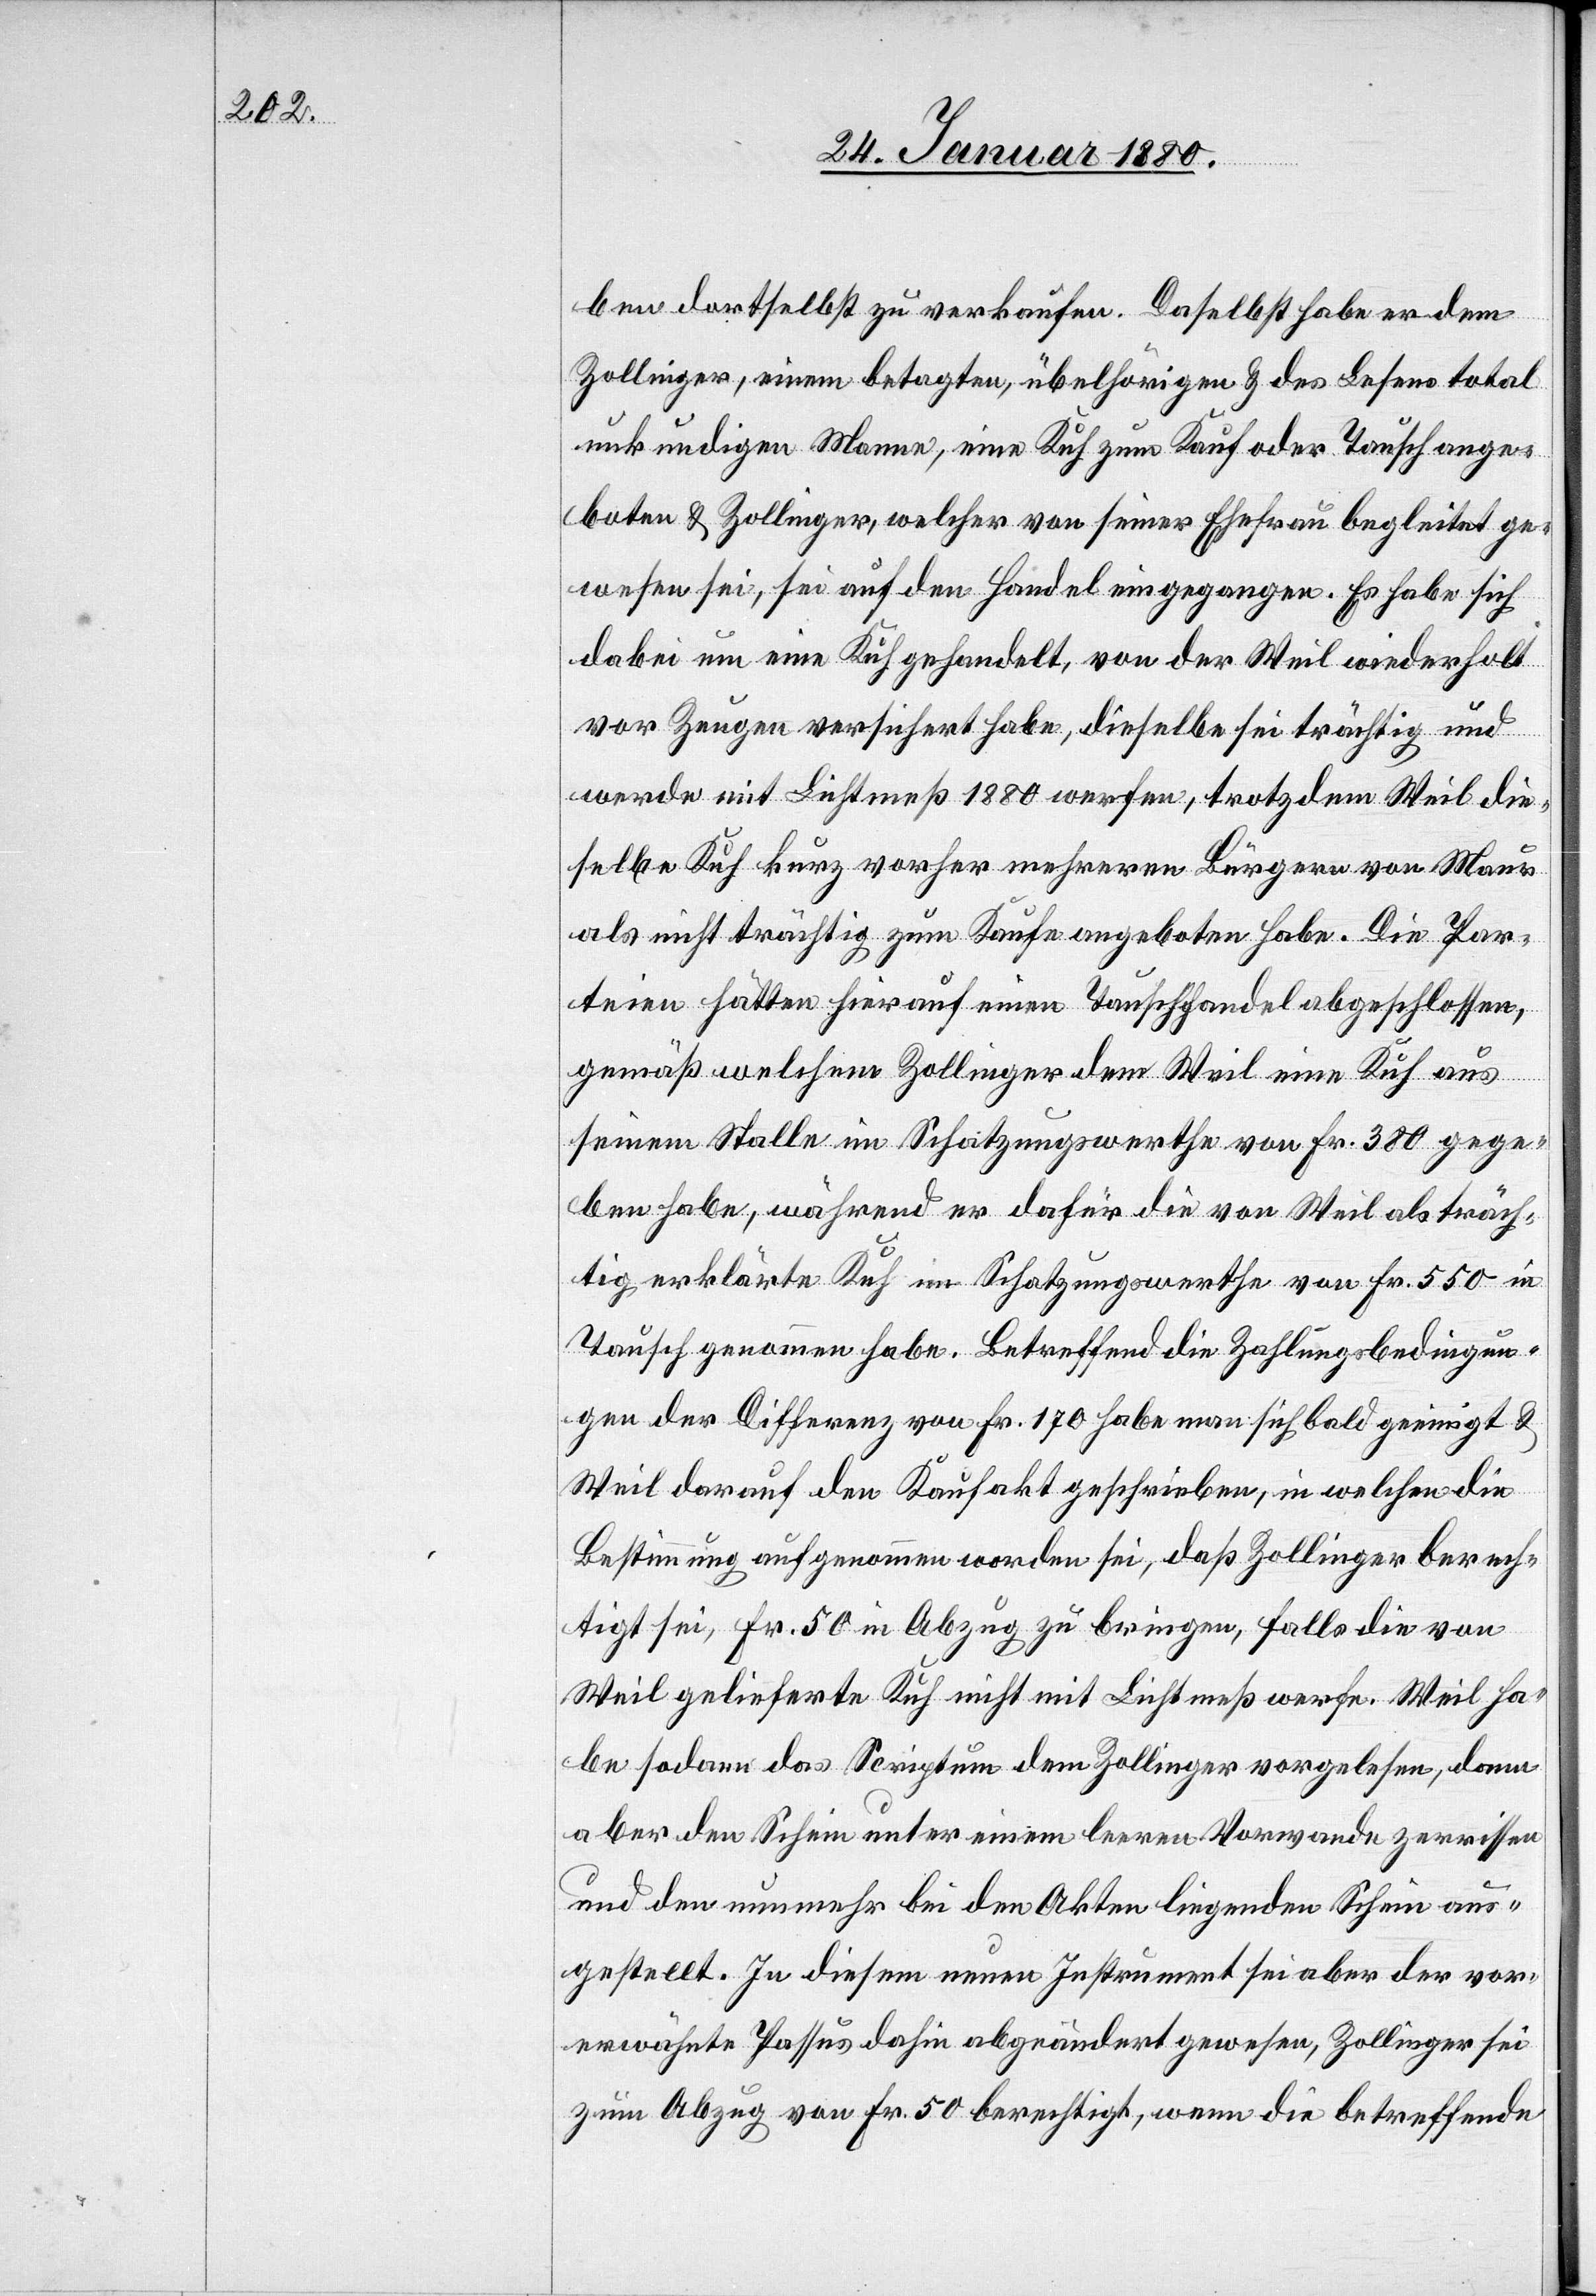
ben daselbst zu verkaufen. Daselbst habe er dem
Zollinger, einem betagten, übelhörigen & des Lesens total
unkundigen Manne, eine Kuh zum Kauf oder Tausch ange¬
boten & Zollinger, welche von seiner Ehefrau begleitet ge¬
wesen sei, sei auf den Handel eingegangen. Es habe sich
dabei um eine Kuh gehandelt, von der Weil wiederholt
vor Zeugen versichert habe, dieselbe sei trächtig und
werde mit Lichtmeß 1880 werfen, trotzdem Weil die¬
selbe Kuh kurz vorher mehreren Bürgern von Maur
als nicht trächtig zum Kaufe angeboten habe. Die Par¬
teien hätten hierauf einen Tauschhandel abgeschlossen,
gemäß welchem Zollinger dem Weil eine Kuh aus
seinem Stalle im Schatzungswerthe von Fr. 380 gege¬
ben habe, während er dafür die von Weil als träch¬
tig erklärte Kuh im Schatzungswerthe von Fr. 550 in
Tausch genommen habe. Betreffend die Zahlungsbedingun¬
gen der Differenz von Fr. 170 habe man sich bald geeinigt &
Weil darauf den Kaufakt geschrieben, in welchen die
Bestimmung aufgenommen worden sei, daß Zollinger berech¬
tigt sei, Fr. 50 in Abzug zu bringen, falls die von
Weil gelieferte Kuh nicht mit Lichtmeß werfe. Weil ha¬
be sodann das Scriptum dem Zollinger vorgelesen, dann
aber den Schein unter einem leeren Vorwande zerrissen
und den nunmehr bei den Akten liegenden Schein aus¬
gestellt. In diesem neuen Instrument sei aber der vor¬
erwähnte Passus dahin abgeändert gewesen, Zollinger sei
zum Abzug von Fr. 50 berechtigt, wenn die betreffende